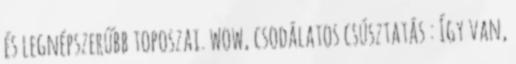
és legnépszerűbb toposzai. wow, csodálatos csúsztatás : Így van,